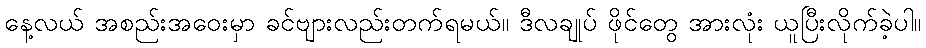
နေ့လယ် အစည်းအဝေးမှာ ခင်ဗျားလည်းတက်ရမယ်။ ဒီလချုပ် ဖိုင်တွေ အားလုံး ယူပြီးလိုက်ခဲ့ပါ။